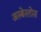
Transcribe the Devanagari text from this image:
अस्बेस्तोस